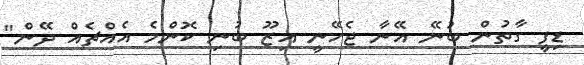
ޑިފީ ގާތުން ބުނޭ އޭނާ ޖެހޭނީ އިޒޫ ބުނި ކޮންމެ އެއްޗެއް ދޭން"